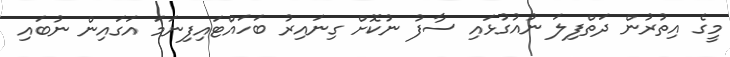
މީގެ އިތުރުން ދަތްފިލަ ނުއުގުޅައި ސާފު ނުކޮށް ގިނައިރު ބަހައްޓައިފިނަމަ އަގައިން ނުބައި